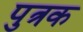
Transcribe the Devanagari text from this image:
पुत्रक